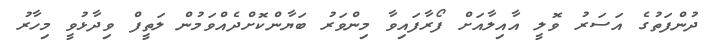
ދުންފަތުގެ އަސަރު ވޮލީ އާއިލާއަށް ފޯރާފައިވާ މިންވަރު ބަޔާންކޮށްދެއްވަމުން ލަތީފް ވިދާޅުވީ މިހާރު